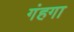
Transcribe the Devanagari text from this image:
गंहगा